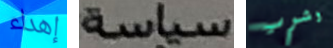
إهداء سياسة وشرب